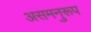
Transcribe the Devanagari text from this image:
असमनुरूप